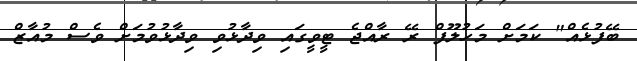
ބޭފުޅެއް" ކަމަށް މަހުލޫފް ރޭ ރާއްޖެ ޓީވީގައި ވިދާޅުވި ވިދާޅުވުމަށް ވެސް މުއާޒް